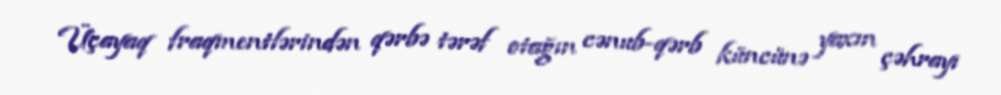
Üçayaq fraqmentlərindən qərbə tərəf otağın cənub-qərb küncünə yaxın çəhrayı